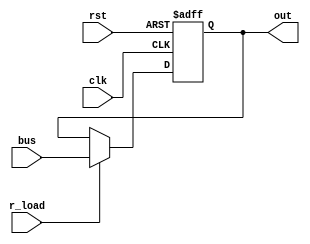
module R(
	input clk,
	input rst,
	input r_load,
	input [7:0] bus,
	output [7:0] out
	);
	
reg [7:0] r_reg;

always @(posedge clk, posedge rst) begin
	if(rst) r_reg<=8'b0;
	else if(r_load) r_reg<=bus;
end

assign out=r_reg;

endmodule